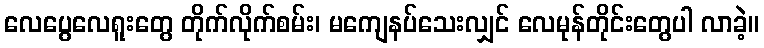
လေပွေလေရူးတွေ တိုက်လိုက်စမ်း၊ မကျေနပ်သေးလျှင် လေမုန်တိုင်းတွေပါ လာခဲ့။